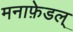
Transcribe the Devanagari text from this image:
मनाफ़ेडल्